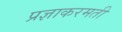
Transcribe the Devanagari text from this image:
प्रज्ञाकरमती